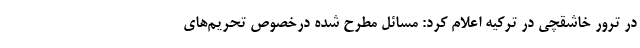
در ترور خاشقچی در ترکیه اعلام کرد: مسائل مطرح شده درخصوص تحریم‌های